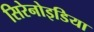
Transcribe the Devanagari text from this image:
सिरेनोइडिया